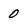
Character: 0